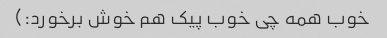
خوب همه چی خوب پیک هم خوش برخورد:)